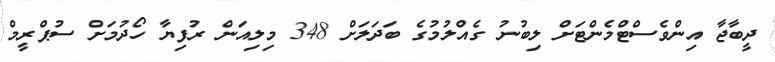
ދީބާޖާ އިންވެސްޓްމެންޓަށް ލިބުނު ގެއްލުމުގެ ބަދަލަށް 348 މިލިއަން ރުފިޔާ ހޯދުމަށް ސުޕްރީމް